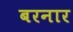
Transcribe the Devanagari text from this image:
बरनार